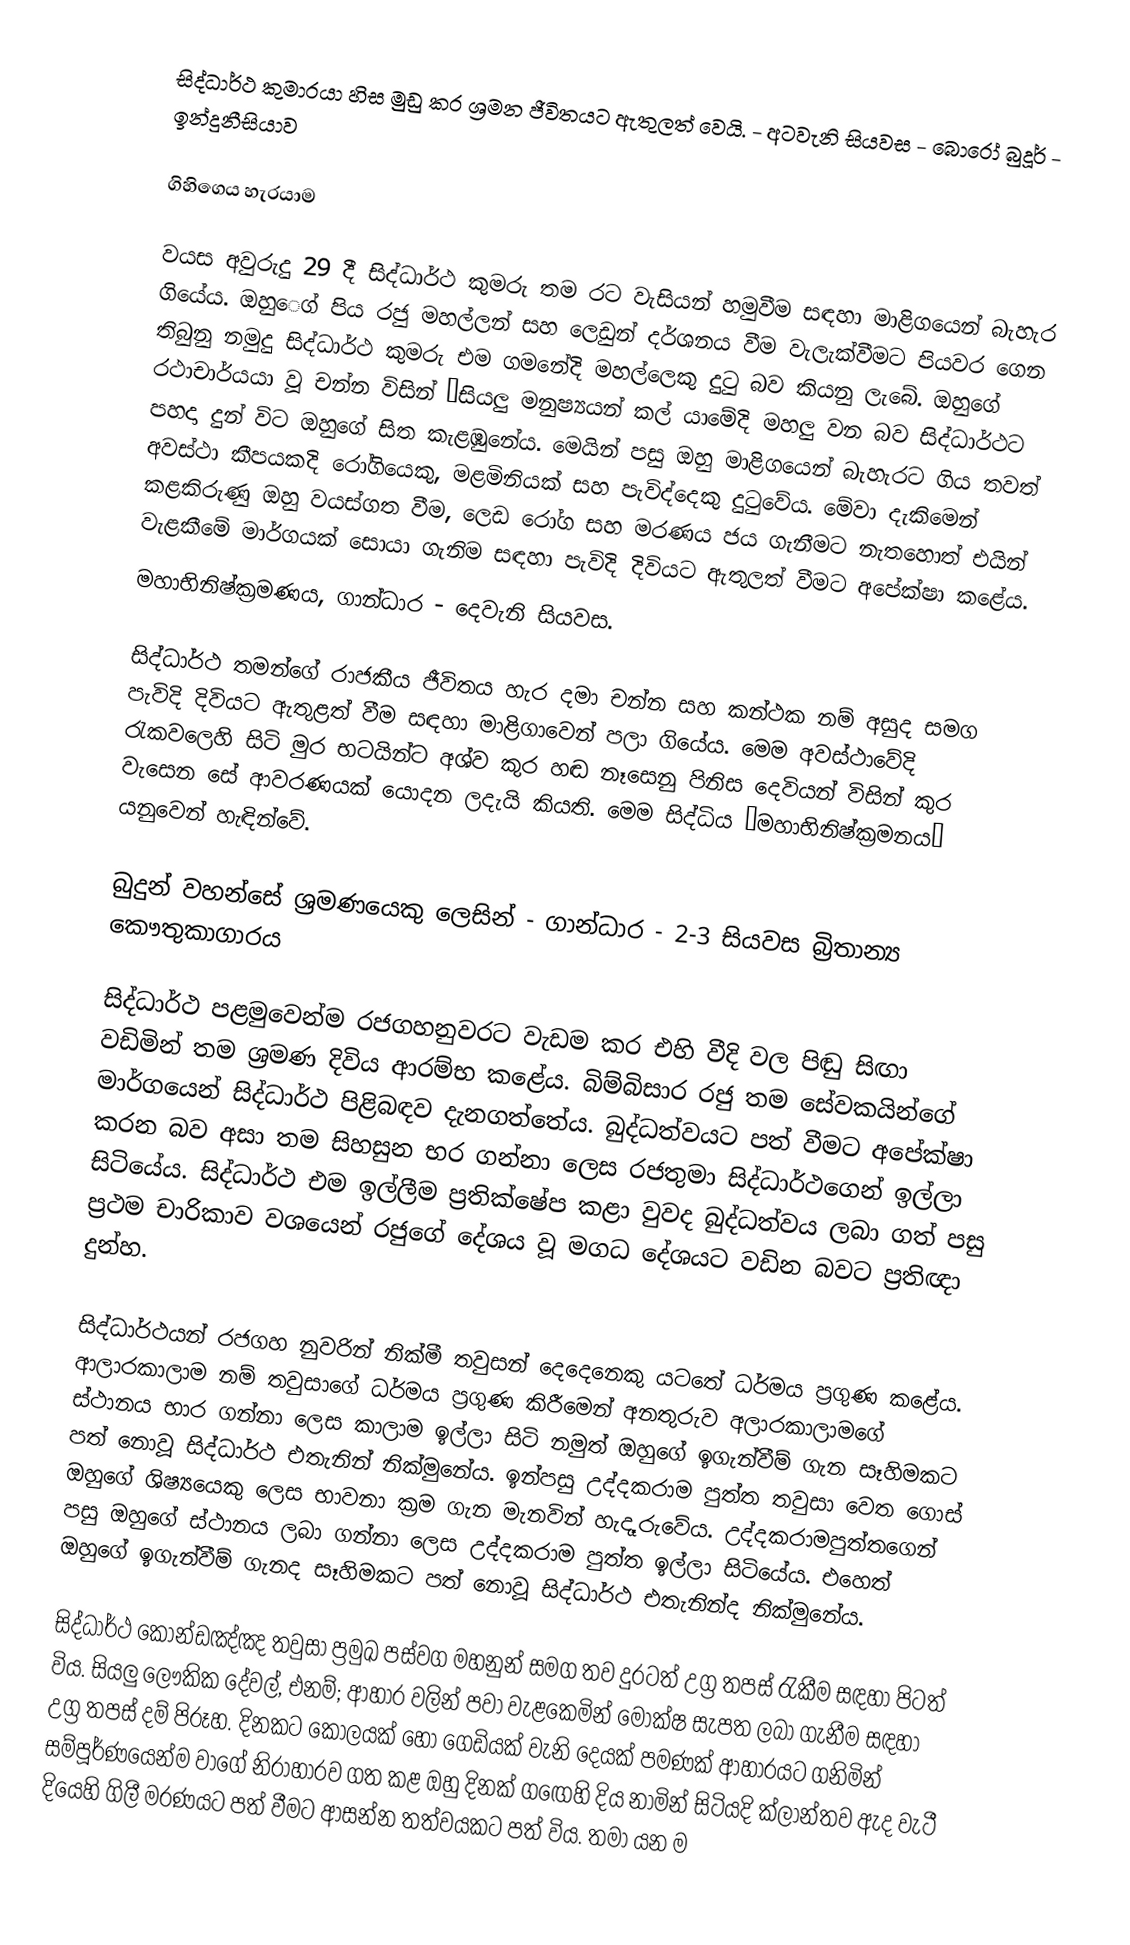
සිද්ධාර්ථ කුමාරයා හිස මුඩු කර ශ්‍රමන ජීවිතයට ඇතුලත් වෙයි. - අටවැනි සියවස - බොරෝ බුදූර් - ඉන්දුනීසියාව

ගිහිගෙය හැරයාම

වයස අවුරුදු 29 දී සිද්ධාර්ථ කුමරු තම රට වැසියන් හමුවීම සඳහා මාළිගයෙන් බැහැර ගියේය. ඔහු‍ෙග් පිය රජු මහල්ලන් සහ ලෙඩුන් දර්ශනය වීම වැලැක්වීමට පියවර ගෙන තිබුනු නමුදු සිද්ධාර්ථ කුමරු එම ගමනේදි මහල්ලෙකු දුටු බව කියනු ලැබේ. ඔහුගේ රථාචාර්යයා වූ චන්න විසින් “සියලු මනුෂ්‍යයන් කල් යාමේදි මහලු වන බව සිද්ධාර්ථට පහදා දුන් විට ඔහුගේ සිත කැළඹුනේය. මෙයින් පසු ඔහු මාළිගයෙන් බැහැරට ගිය තවත් අවස්ථා කීපයකදි රෝගියෙකු, මළමිනියක් සහ පැවිද්දෙකු දුටුවේය. මේවා දැකිමෙන් කළකිරුණු ඔහු වයස්ගත වීම, ලෙඩ රෝග සහ මරණය ජය ගැනීමට නැතහොත් එයින් වැළකීමේ මාර්ගයක් සොයා ගැනිම සඳහා පැවිදි දිවියට ඇතුලත් වීමට අපේක්ෂා කළේය.
මහාභිනිෂ්ක්‍රමණය, ගාන්ධාර - දෙවැනි සියවස.

සිද්ධාර්ථ තමන්ගේ රාජකීය ජීවිතය හැර දමා චන්න සහ කන්ථක නම් අසුද සමග පැවිදි දිවියට ඇතුළත් වීම සඳහා මාළිගාවෙන් පලා ගියේය. මෙම අවස්ථාවේදි රැකවලෙහි සිටි මුර භටයින්ට අශ්ව කුර හඬ නෑසෙනු පිනිස දෙවියන් විසින් කුර වැසෙන සේ ආවරණයක් යොදන ලදැයි කියති. මෙම සිද්ධිය “මහාභිනිෂ්ක්‍රමනය” යනුවෙන් හැඳින්වේ.

බුදුන් වහන්සේ ශ්‍රමණයෙකු ලෙසින් - ගාන්ධාර - 2-3 සියවස බ්‍රිතාන්‍ය කෞතුකාගාරය

සිද්ධාර්ථ පළමුවෙන්ම රජගහනුවරට වැඩම කර එහි වීදි වල පිඬු සිඟා වඩිමින් තම ශ්‍රමණ දිවිය ආරම්භ කළේය. බිම්බිසාර රජු තම සේවකයින්ගේ මාර්ගයෙන් සිද්ධාර්ථ පිළිබඳව දැනගත්තේය. බුද්ධත්වයට පත් වීමට අපේක්ෂා කරන බව අසා තම සිහසුන භර ගන්නා ලෙස  රජතුමා සිද්ධාර්ථගෙන් ඉල්ලා සිටියේය. සිද්ධාර්ථ එම ඉල්ලීම ප්‍රතික්ෂේප කළා වුවද බුද්ධත්වය ලබා ගත් පසු ප්‍රථම චාරිකාව වශයෙන් රජුගේ දේශය වූ මගධ දේශයට වඩින බවට ප්‍රතිඥා දුන්හ.

සිද්ධාර්ථයන් රජගහ නුවරින් නික්මී තවුසන් දෙදෙනෙකු යටතේ ධර්මය ප්‍රගුණ කළේය. ආලාරකාලාම නම් තවුසාගේ ධර්මය ප්‍රගුණ කිරීමෙන් අනතුරුව අලාරකාලාමගේ ස්ථානය භාර ගන්නා ලෙස කාලාම ඉල්ලා සිටි නමුත් ඔහුගේ ඉගැන්වීම් ගැන සෑහිමකට පත් නොවූ සිද්ධාර්ථ එතැනින් නික්මුනේය. ඉන්පසු උද්දකරාම පුත්ත තවුසා වෙත ගොස් ඔහුගේ ශිෂ්‍යයෙකු ලෙස භාවනා ක්‍රම ගැන මැනවින් හැදෑරුවේය. උද්දකරාමපුත්තගෙන් පසු ඔහුගේ ස්ථානය ලබා ගන්නා ලෙස උද්දකරාම පුත්ත ඉල්ලා සිටියේය. එහෙත් ඔහුගේ ඉගැන්වීම් ගැනද සෑහිමකට පත් නොවූ සිද්ධාර්ථ එතැනින්ද නික්මුනේය.

සිද්ධාර්ථ කොන්ඩඤ්ඤ තවුසා ප්‍රමුඛ පස්වග මහනුන් සමග තව දුරටත් උග්‍ර තපස් රැකීම සඳහා පිටත් විය. සියලු ලෞකික දේවල්, එනම්;  ආහාර වලින් පවා වැළකෙමින් මෝක්ෂ සැපත ලබා ගැනීම සඳහා උග්‍ර තපස් දම් පිරූහ. දිනකට කොලයක් හෝ ගෙඩියක් වැනි දෙයක් පමණක් ආහාරයට ගනිමින් සම්පූර්ණයෙන්ම වාගේ නිරාහාරව ගත කළ ඔහු දිනක් ග‍ඟෙහි දිය නාමින් සිටියදි ක්ලාන්තව ඇද වැටී දියෙහි ගිලී මරණයට පත් වීමට ආසන්න තත්වයකට පත් විය. තමා යන ම